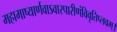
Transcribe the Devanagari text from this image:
महामाष्यार्णवाऽवारपारीणंविवृतिप्लवम्।